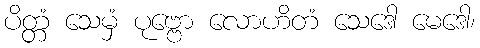
ပိတ္တံ သေမှံ ပုဗ္ဗော လောဟိတံ သေဒေါ မေဒေါ၊